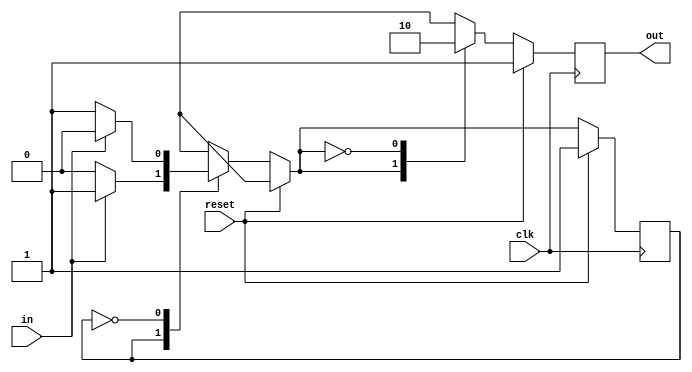
module top_module(clk, reset, in, out);
    input clk;
    input reset;    // Synchronous reset to state B
    input in;
    output out;//  
    reg out;

    // Fill in state name declarations

    reg present_state, next_state;

    always @(posedge clk) begin
        if (reset) begin  
            // Fill in reset logic
            present_state <= 1'b1;
            out <= 1'b1;
        end else begin
            next_state = 1'b1;
            case (present_state)
                // Fill in state transition logic
                1'b1:begin
                    if(in)begin
                        next_state = 1'b1;
                    end
                    else begin
                        next_state = 1'b0;
                    end
                end
                1'b0:begin
                    if(in)begin
                        next_state = 1'b0;
                    end
                    else begin
                        next_state = 1'b1;
                    end
                end
                default:;
            endcase

            // State flip-flops
            present_state = next_state;   

            case (present_state)
                // Fill in output logic
                1'b1:out <= 1'b1;
                1'b0:out <= 1'b0;
                default:out <= 1'b1;
            endcase
        end
    end

endmodule